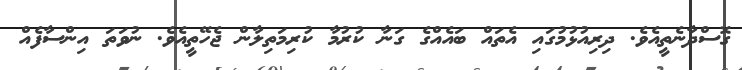
ގޮސްދާނެތީއެވެ. ދިރިއުޅުމުގައި އެތައް ބައެއްގެ ގަނާ ކުރުމާ ކުރިމަތިލާން ޖެހޭތީއެވެ. ނުވަތަ އިންސާފެއް